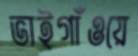
ভাইগাঁওয়ে